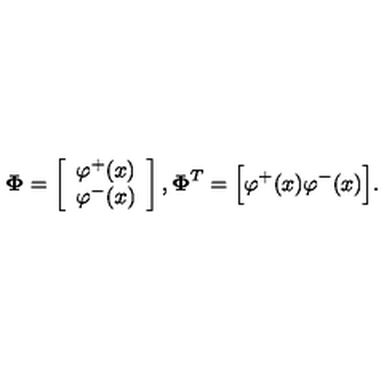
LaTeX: { \bf \Phi } = \left[ \begin{array} { c } { \varphi ^ { + } ( x ) } \\ { \varphi ^ { - } ( x ) } \\ \end{array} \right] , { \bf \Phi } ^ { T } = \Big [ \varphi ^ { + } ( x ) \varphi ^ { - } ( x ) \Big ] .